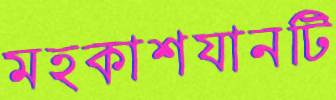
মহকাশযানটি